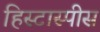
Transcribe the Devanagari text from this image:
हिस्टास्पीस